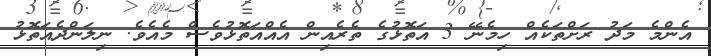
އެންމެ މަދު ރަށްތަކެއް ހިމެނޭ 3 އަތޮޅުގެ ތެރެއިން އެއްއަތޮޅުވެސް މެއެވެ. ނިލަންދެއަތޮޅު